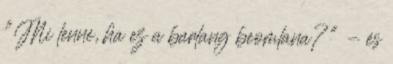
"Mi lenne, ha ez a barlang beomlana?" - és